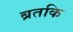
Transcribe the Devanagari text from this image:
ब्रतकि